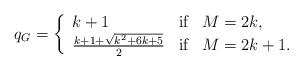
LaTeX: \begin{align*} q_G =\left\{\begin{array}{lll}k+1 &\textrm{if} & M=2k,\\ \frac{k+1+\sqrt{k^2+6k+5}}{2}&\textrm{if}& M=2k+1.\end{array}\right.\end{align*}